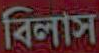
বিলাস